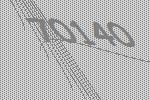
70140